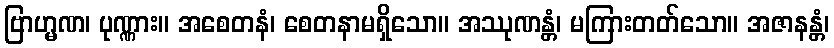
ဗြာဟ္မဏ၊ ပုဏ္ဏား။ အစေတနံ၊ စေတနာမရှိသော။ အဿုဏန္တံ၊ မကြားတတ်သော။ အဇာနန္တံ၊